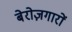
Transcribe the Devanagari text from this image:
बेरोज़गारों